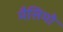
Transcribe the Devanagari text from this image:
मैसिमो